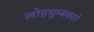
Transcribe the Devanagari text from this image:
लोहचुम्बकाने